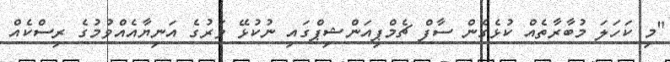
"މި ކަހަލަ މުބާރާތެއް ކުޅެގެން ސާފް ޗެމްޕިއަންޝިޕްގައި ނުކުޅޭ ވަރުގެ އަނިޔާއެއްވުމުގެ ރިސްކެއް